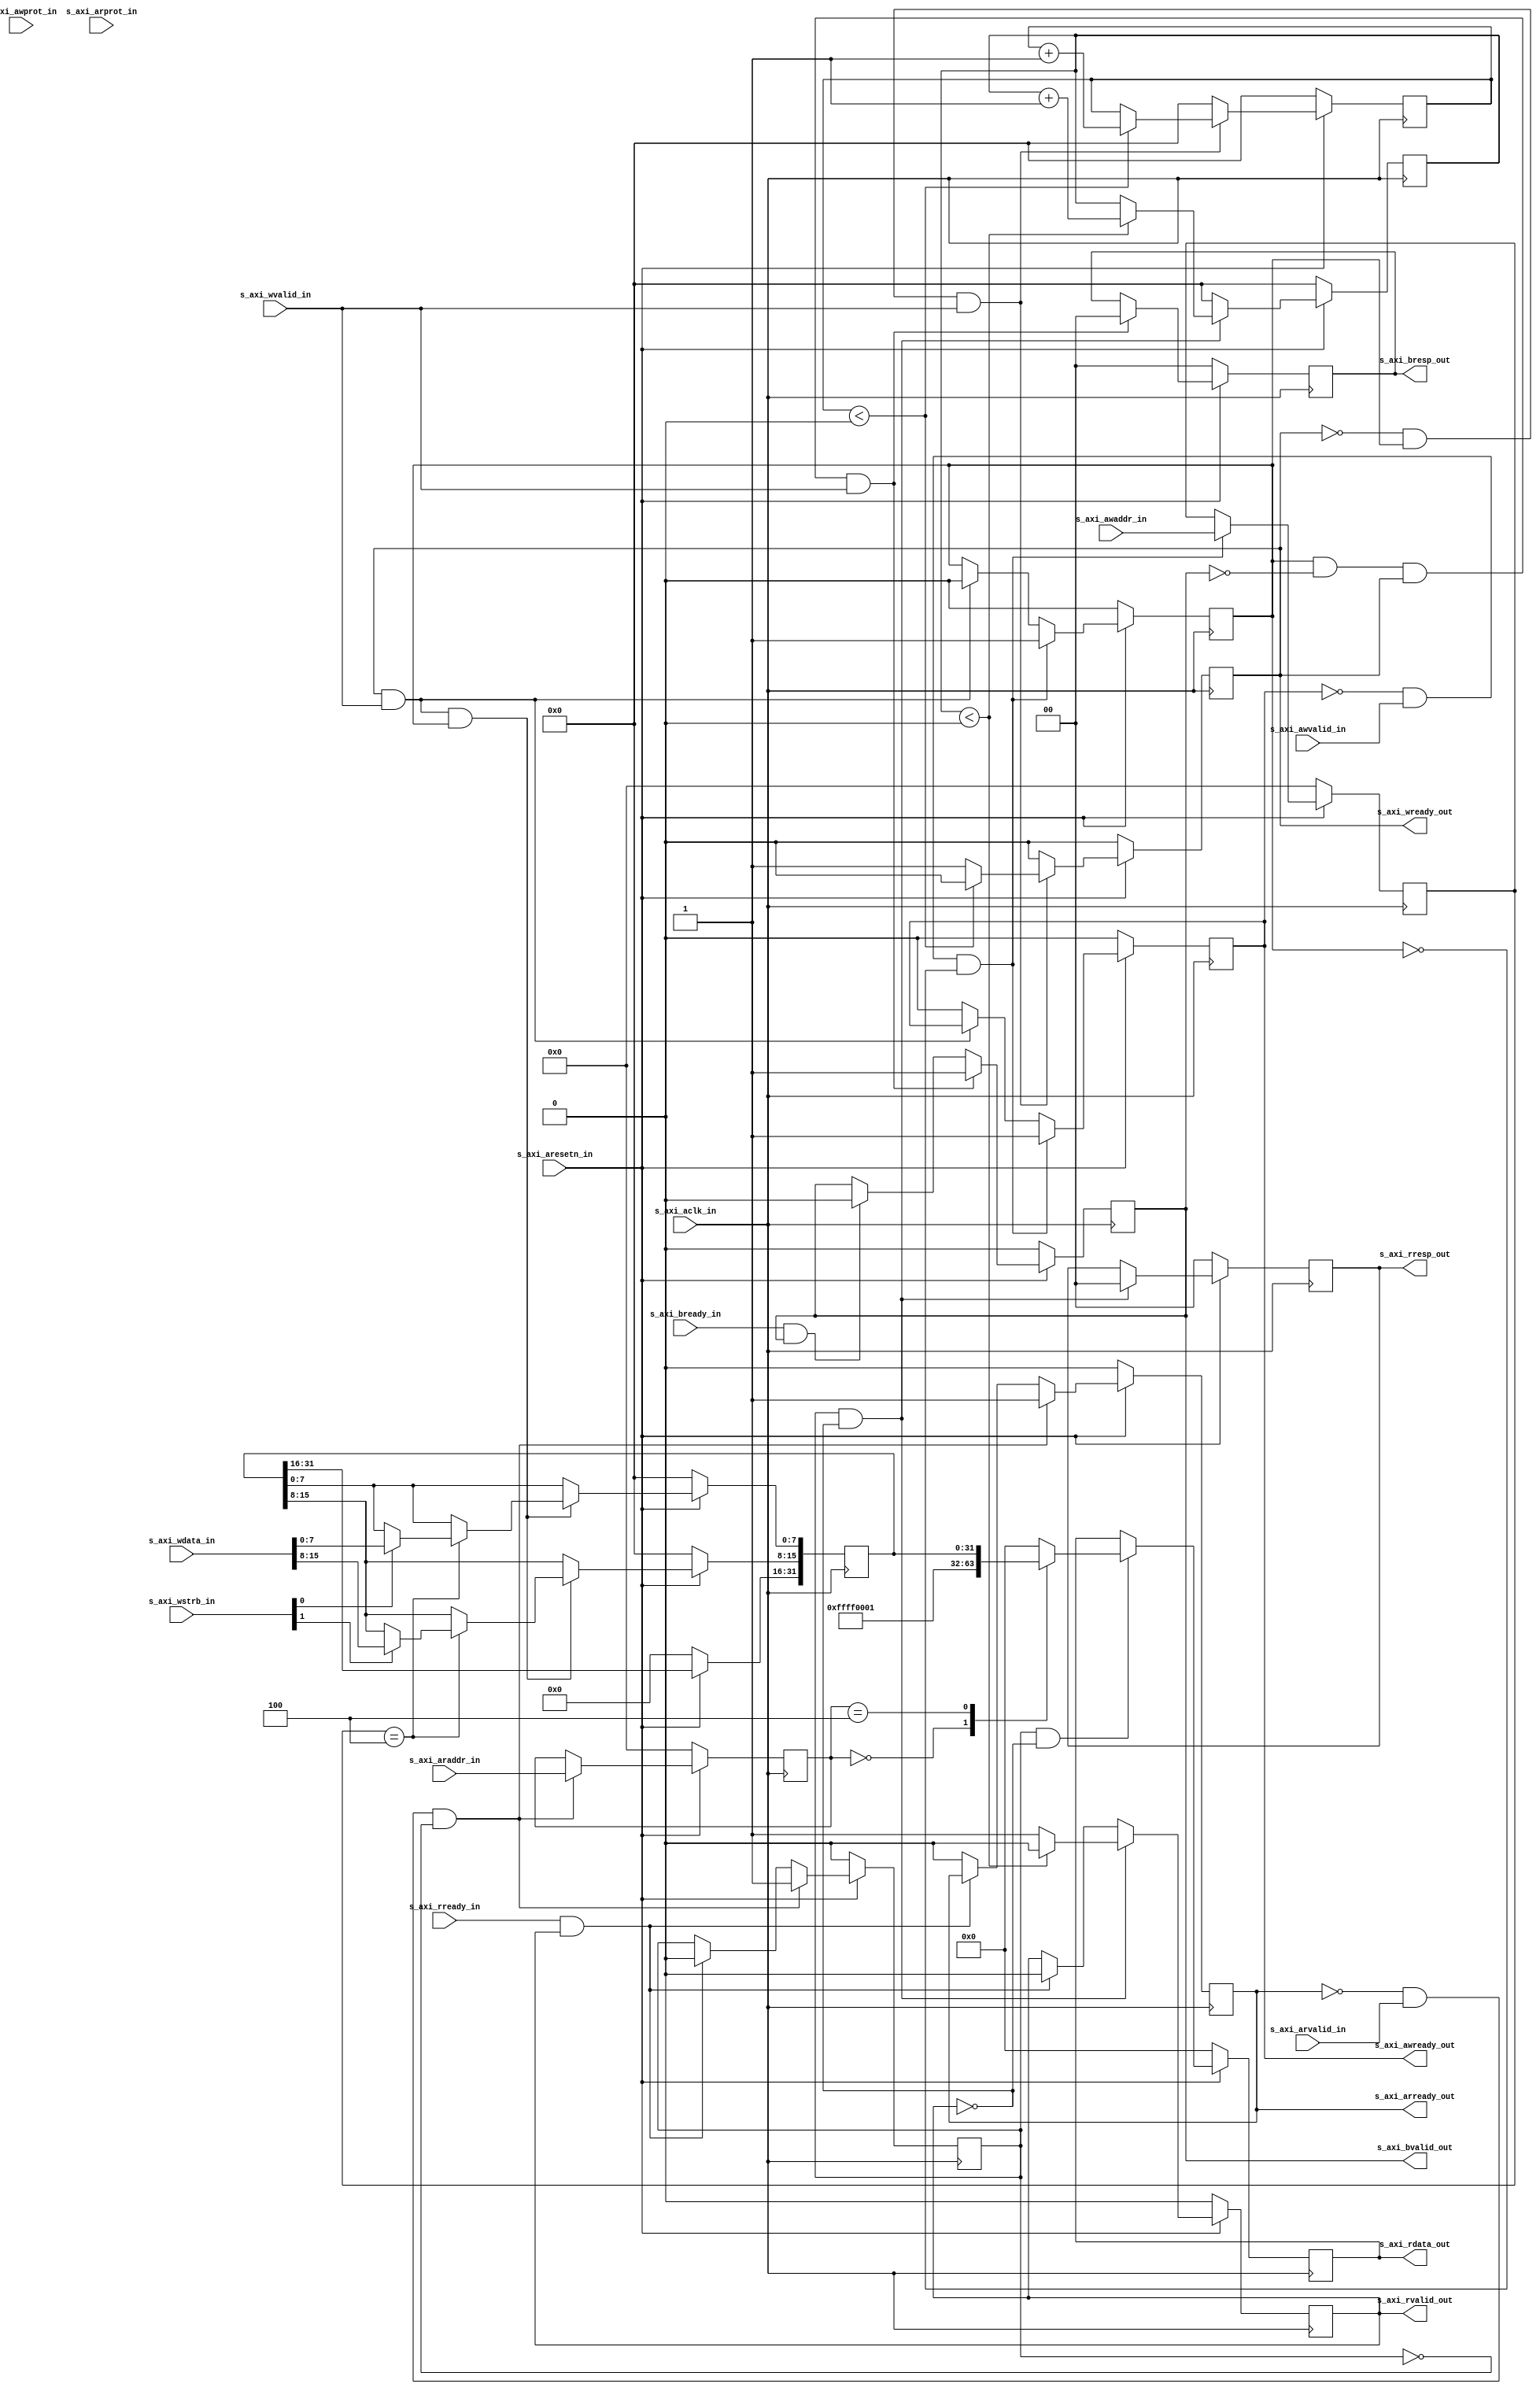
module waveform_biu2 #(
    parameter integer C_S_AXI_DATA_WIDTH = 32,
    parameter integer C_S_AXI_ADDR_WIDTH = 4
)(
    // AXI interface
    input   wire                                s_axi_aclk_in,
    input   wire                                s_axi_aresetn_in,
    // Write address channel
    input   wire [C_S_AXI_ADDR_WIDTH-1 : 0]     s_axi_awaddr_in,
    input   wire [2 : 0]                        s_axi_awprot_in,
    input   wire                                s_axi_awvalid_in,
    output  wire                                s_axi_awready_out,
    // Write data channel
    input   wire [C_S_AXI_DATA_WIDTH-1 : 0]     s_axi_wdata_in,
    input   wire [(C_S_AXI_DATA_WIDTH/8)-1 : 0] s_axi_wstrb_in,
    input   wire                                s_axi_wvalid_in,
    output  wire                                s_axi_wready_out,
    // Write response channel
    output  wire [1 : 0]                        s_axi_bresp_out,
    output  wire                                s_axi_bvalid_out,
    input   wire                                s_axi_bready_in,
    // Read address channel
    input   wire [C_S_AXI_ADDR_WIDTH-1 : 0]     s_axi_araddr_in,
    input   wire [2 : 0]                        s_axi_arprot_in,
    input   wire                                s_axi_arvalid_in,
    output  wire                                s_axi_arready_out,
    // Read data channel
    output  wire [C_S_AXI_DATA_WIDTH-1 : 0]     s_axi_rdata_out,
    output  wire [1 : 0]                        s_axi_rresp_out,
    output  wire                                s_axi_rvalid_out,
    input   wire                                s_axi_rready_in
    );
////////////////////////////////////////////////////////////////////////////////
//                          OUTPUT ASSIGNMENT
////////////////////////////////////////////////////////////////////////////////

////////////////////////////////////////////////////////////////////////////////
//                         PARAMETER DECLARATION
////////////////////////////////////////////////////////////////////////////////

////////////////////////////////////////////////////////////////////////////////
//                         REG & WIRE DECLARATION
////////////////////////////////////////////////////////////////////////////////
    // AXI4 LITE signals
    reg  [C_S_AXI_ADDR_WIDTH-1 : 0] axi_awaddr;
    reg                             axi_awready;
    reg                             axi_wready;
    reg  [1 : 0]                    axi_bresp;
    reg                             axi_bvalid;
    reg  [C_S_AXI_ADDR_WIDTH-1 : 0] axi_araddr;
    reg                             axi_arready;
    reg  [C_S_AXI_DATA_WIDTH-1 : 0] axi_rdata;
    reg  [1 : 0]                    axi_rresp;
    reg                             axi_rvalid;

    // WREADY/RVALID delay control
    reg  [7:0]                      axi_wready_wait;
    reg  [7:0]                      axi_wready_cnt;
    reg  [7:0]                      axi_rvalid_wait;
    reg  [7:0]                      axi_rvalid_cnt;

    // The axi_awv_awr_flag flag marks the presence of write address valid
    reg axi_awv_awr_flag;
    //The axi_arv_arr_flag flag marks the presence of read address valid
    reg axi_arv_arr_flag;

    // Register logic
    wire                            slv_reg_rden;
    wire                            slv_reg_wren;
    reg [C_S_AXI_DATA_WIDTH-1:0]    reg_data_out;
    integer                         byte_index;

    reg                             wr_en;
    reg                             wr_en_r;
    wire                            wr_en_pulse;

    reg                             rd_en;
    reg                             rd_en_r;
    wire                            rd_en_pulse;

    // Registers
    // Magic Code "FFFF0001"                            // RW @0x00
    reg  [C_S_AXI_DATA_WIDTH-1:0]   reg_scratch;        // RW @0x04

////////////////////////////////////////////////////////////////////////////////
//                                  CODE
////////////////////////////////////////////////////////////////////////////////
    assign s_axi_awready_out    = axi_awready;
    assign s_axi_wready_out     = axi_wready;
    assign s_axi_bresp_out      = axi_bresp;
    assign s_axi_bvalid_out     = axi_bvalid;
    assign s_axi_arready_out    = axi_arready;
    assign s_axi_rdata_out      = axi_rdata;
    assign s_axi_rresp_out      = axi_rresp;
    assign s_axi_rvalid_out     = axi_rvalid;

//======================================+=======================================
// 1.                               BUS WRITE
//------------------------------------------------------------------------------
    // Implement axi_awready generation
    // axi_awready is asserted for one s_axi_aclk_in clock cycle when both
    // s_axi_awvalid_in are asserted. axi_awready is
    // de-asserted when reset is low.
    always @( posedge s_axi_aclk_in )
    begin
        if ( s_axi_aresetn_in == 1'b0 )
        begin
            axi_awready <= 1'b0;
            axi_awv_awr_flag <= 1'b0;
        end
        else
        begin
            if (~axi_awready && s_axi_awvalid_in && ~axi_awv_awr_flag)
            begin
                // slave is ready to accept write address when
                // there is a valid write address and write data
                // on the write address and data bus.
                axi_awready <= 1'b1;
                axi_awv_awr_flag <= 1'b1;
            end
            else if (axi_wready && s_axi_wvalid_in)
            begin
                axi_awv_awr_flag <= 1'b0;
            end
            else
            begin
                axi_awready <= 1'b0;
            end
        end
    end

    // Implement axi_awaddr latching
    // This process is used to latch the address when both
    // s_axi_awvalid_in and s_axi_wvalid_in are valid.
    always @( posedge s_axi_aclk_in )
    begin
        if ( s_axi_aresetn_in == 1'b0 )
        begin
            axi_awaddr <= 0;
        end
        else
        begin
            if (~axi_awready && s_axi_awvalid_in && ~axi_awv_awr_flag)
            begin
                // Write Address latching
                axi_awaddr <= s_axi_awaddr_in;
            end
        end
    end

    // Implement axi_wready generation
    // axi_wready is asserted for one s_axi_aclk_in clock cycle when both
    // s_axi_awvalid_in and s_axi_wvalid_in are asserted. axi_wready is
    // de-asserted when reset is low.
    // TODO: Modify here to extend write access process.
//    always @*
//    begin
//        case ( axi_awaddr )
//        8'h04: axi_wready_wait <= 8'd0;     // Wait 0 clocks
//        default: axi_wready_wait <= 8'd0;   // Wait 0 clocks
//        endcase
//    end
    always @* axi_wready_wait <= 8'd0;

    always @( posedge s_axi_aclk_in )
    begin
        if ( s_axi_aresetn_in == 1'b0 )
        begin
            axi_wready <= 1'b0;
            axi_wready_cnt <= 8'd0;
        end
        else
        begin
            if (~axi_wready && axi_awv_awr_flag && s_axi_wvalid_in)
            begin
                // slave is ready to accept write data when
                // there is a valid write address and write data
                // on the write address and data bus. This design
                // expects no outstanding transactions.
                if (axi_wready_cnt < axi_wready_wait)
                begin
                    axi_wready_cnt <= axi_wready_cnt + 1'd1;
                    axi_wready <= 1'b0;
                end
                else
                begin
                    axi_wready_cnt <= axi_wready_cnt;
                    axi_wready <= 1'b1;
                end
            end
            else
            begin
                axi_wready <= 1'b0;
                axi_wready_cnt <= 8'd0;
            end
        end
    end

    // Implement memory mapped register select and write logic generation
    // The write data is accepted and written to memory mapped registers when
    // axi_awready, s_axi_wvalid_in, axi_wready and s_axi_wvalid_in are asserted. Write strobes are used to
    // select byte enables of slave registers while writing.
    // These registers are cleared when reset (active low) is applied.
    // Slave register write enable is asserted when valid address and data are available
    // and the slave is ready to accept the write address and write data.
    assign slv_reg_wren = axi_wready && s_axi_wvalid_in && axi_awv_awr_flag;

    always @( posedge s_axi_aclk_in )
    begin
        if ( s_axi_aresetn_in == 1'b0 )
        begin
            reg_scratch <= {C_S_AXI_DATA_WIDTH{1'b0}};
        end
        else
        begin
            if (slv_reg_wren)
            begin
            case ( axi_awaddr )
                8'h04:
                for ( byte_index = 0; byte_index <= (C_S_AXI_DATA_WIDTH/8)-3; byte_index = byte_index+1 )
                    if ( s_axi_wstrb_in[byte_index] == 1 )
                    begin
                        reg_scratch[(byte_index*8) +: 8] <= s_axi_wdata_in[(byte_index*8) +: 8];
                    end
                default:
                begin
                    reg_scratch   <= reg_scratch;
                end
            endcase
            end
        end
    end

    // Implement write response logic generation
    // The write response and response valid signals are asserted by the slave
    // when axi_wready, s_axi_wvalid_in, axi_wready and s_axi_wvalid_in are asserted.
    // This marks the acceptance of address and indicates the status of
    // write transaction.
    always @( posedge s_axi_aclk_in )
    begin
        if ( s_axi_aresetn_in == 1'b0 )
        begin
            axi_bvalid  <= 0;
            axi_bresp   <= 2'b0;
        end
        else
        begin
            if (axi_awv_awr_flag && ~axi_bvalid && axi_wready && s_axi_wvalid_in)
            begin
                // indicates a valid write response is available
                axi_bvalid <= 1'b1;
                axi_bresp  <= 2'b0; // 'OKAY' response
            end                     // work error responses in future
            else
            begin
                if (s_axi_bready_in && axi_bvalid)
                //check if bready is asserted while bvalid is high)
                //(there is a possibility that bready is always asserted high)
                begin
                    axi_bvalid <= 1'b0;
                end
            end
        end
    end

//======================================+=======================================
// 2.                               BUS READ
//------------------------------------------------------------------------------
    // Implement axi_arready generation
    // axi_arready is asserted for one s_axi_aclk_in clock cycle when
    // s_axi_arvalid_in is asserted. axi_awready is
    // de-asserted when reset (active low) is asserted.
    always @( posedge s_axi_aclk_in )
    begin
        if ( s_axi_aresetn_in == 1'b0 )
        begin
            axi_arready <= 1'b0;
            axi_arv_arr_flag <= 1'b0;
        end
        else
        begin
            if (~axi_arready && s_axi_arvalid_in && ~axi_arv_arr_flag)
            begin
                // indicates that the slave has acceped the valid read address
                axi_arready <= 1'b1;
                axi_arv_arr_flag <= 1'b1;
            end
            else if (s_axi_rready_in && axi_rvalid)
            begin
                axi_arv_arr_flag <= 1'b0;
            end
            else
            begin
                axi_arready <= 1'b0;
            end
        end
    end

    // Implement axi_araddr latching
    // This process is used to latch the address when both
    // s_axi_arvalid_in are valid.
    always @( posedge s_axi_aclk_in )
    begin
        if ( s_axi_aresetn_in == 1'b0 )
        begin
            axi_araddr  <= 32'b0;
        end
        else
        begin
            if (~axi_arready && s_axi_arvalid_in && ~axi_arv_arr_flag)
            begin
                // Read Address latching
                axi_araddr <= s_axi_araddr_in;
            end
        end
    end

    // Implement axi_arvalid generation
    // axi_rvalid is asserted for one s_axi_aclk_in clock cycle when both
    // s_axi_arvalid_in and axi_arready are asserted. The slave registers
    // data are available on the axi_rdata bus at this instance. The
    // assertion of axi_rvalid marks the validity of read data on the
    // bus and axi_rresp indicates the status of read transaction.axi_rvalid
    // is deasserted on reset (active low). axi_rresp and axi_rdata are
    // cleared to zero on reset (active low).
    // TODO: Modify here to extend write access process.
//    always @*
//    begin
//        case ( axi_araddr )
//        8'h00: axi_rvalid_wait <= 8'd2; // Wait 2 clocks
//        default: axi_rvalid_wait <= 8'd0;   // Wait 0 clocks
//        endcase
//    end
    always @* axi_rvalid_wait <= 8'd0;

    always @( posedge s_axi_aclk_in )
    begin
        if ( s_axi_aresetn_in == 1'b0 )
        begin
            axi_rvalid <= 0;
            axi_rresp  <= 0;
            axi_rvalid_cnt <= 8'd0;
        end
        else
        begin
            if (axi_arv_arr_flag && ~axi_rvalid)
            begin
                // Valid read data is available at the read data bus
                if (axi_rvalid_cnt < axi_rvalid_wait)
                begin
                    axi_rvalid_cnt <= axi_rvalid_cnt + 1'd1;
                    axi_rvalid <= 1'b0;
                end
                else
                begin
                    axi_rvalid_cnt <= axi_rvalid_cnt;
                    axi_rvalid <= 1'b1;
                end
                axi_rresp  <= 2'b0; // 'OKAY' response
            end
            else if (axi_rvalid && s_axi_rready_in)
            begin
                // Read data is accepted by the master
                axi_rvalid <= 1'b0;
                axi_rvalid_cnt <= 8'd0;
            end
            else
            begin
                // Wait for AXI_RREADY
                axi_rvalid <= axi_rvalid;
                axi_rvalid_cnt <= 8'd0;
            end
        end
    end

    // Implement memory mapped register select and read logic generation
    // Slave register read enable is asserted when valid address is available
    // and the slave is ready to accept the read address.
    assign slv_reg_rden = axi_arv_arr_flag & ~axi_rvalid;
    always @(*)
    begin
        // Address decoding for reading registers
        case ( axi_araddr )
            8'h00 : reg_data_out <= 32'hFFFF0001;
            8'h04 : reg_data_out <= reg_scratch;
            default : reg_data_out <= 32'd0;
        endcase
    end

    // Output register or memory read data
    always @( posedge s_axi_aclk_in )
    begin
        if ( s_axi_aresetn_in == 1'b0 )
        begin
            axi_rdata  <= 0;
        end
        else
        begin
            // When there is a valid read address (s_axi_arvalid_in) with
            // acceptance of read address by the slave (axi_arready),
            // output the read dada
            if (slv_reg_rden)
            begin
                axi_rdata <= reg_data_out;     // register read data
            end
        end
    end

//======================================+=======================================
// 3.                      Generate read/write pulse
//------------------------------------------------------------------------------
    always @(posedge s_axi_aclk_in) wr_en <= slv_reg_wren;
    always @(posedge s_axi_aclk_in) wr_en_r <= wr_en;
    assign wr_en_pulse = wr_en & (~wr_en_r);   // Rising edge

    always @(posedge s_axi_aclk_in) rd_en <= slv_reg_rden;
    always @(posedge s_axi_aclk_in) rd_en_r <= rd_en;
    assign rd_en_pulse = rd_en & (~rd_en_r);   // Rising edge

//======================================+=======================================
// 4.                             Register assign
//------------------------------------------------------------------------------

endmodule